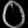
Digit: ၀